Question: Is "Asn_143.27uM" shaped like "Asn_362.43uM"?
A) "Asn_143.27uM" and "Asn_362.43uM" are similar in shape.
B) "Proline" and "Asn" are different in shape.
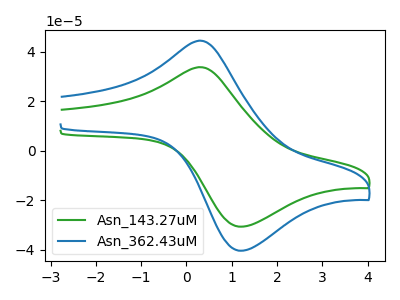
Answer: <think>The green curve "Asn_143.27uM" has an anodic peak at (0.30V, 33.75uA) and a cathodic peak at (1.20V, -30.65uA). The blue curve "Asn_362.43uM" has an anodic peak at (0.30V, 44.45uA) and a cathodic peak at (1.20V, -40.40uA).
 All the peaks in "Asn_143.27uM" have a peak in "Asn_362.43uM" at the same potential. Every peak in "Asn_143.27uM" is lower than every peak in "Asn_362.43uM".</think>
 <answer>A) "Asn_143.27uM" and "Asn_362.43uM" are similar in shape.</answer>
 <eval>A</eval>